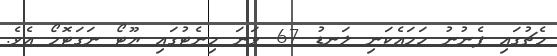
މެޗުގައި ފެނުނު ހަމައެކަނި ލަނޑު 67 ވަނަ މިނެޓުގައި ޔޫޓޯ ނަގަޓޮމޯ އެވެ.